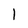
Character: l